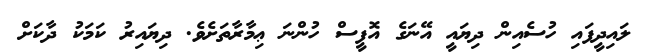
ލައިދީފައި ހުސެއިން ދިޔައީ އޭނަގެ އޮފީސް ހުންނަ ޢިމާރާތަށެވެ. ދިޔައިރު ކަމަކު ދާކަށް